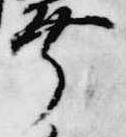
幸